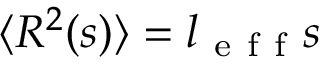
\langle R ^ { 2 } ( s ) \rangle = l _ { \mathrm { ~ e ~ f ~ f ~ } } s